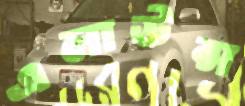
এলাউন্স